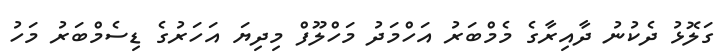
ގަލޮޅު ދެކުނު ދާއިރާގެ މެމްބަރު އަހްމަދު މަހްލޫފް މިދިޔަ އަހަރުގެ ޑިސެމްބަރު މަހު